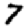
Digit: 7